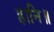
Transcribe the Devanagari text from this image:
हानि॥